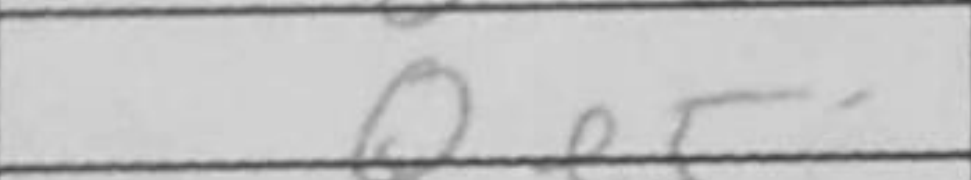
Transcription: Qe5